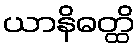
ယာနိဓတ္ထိ